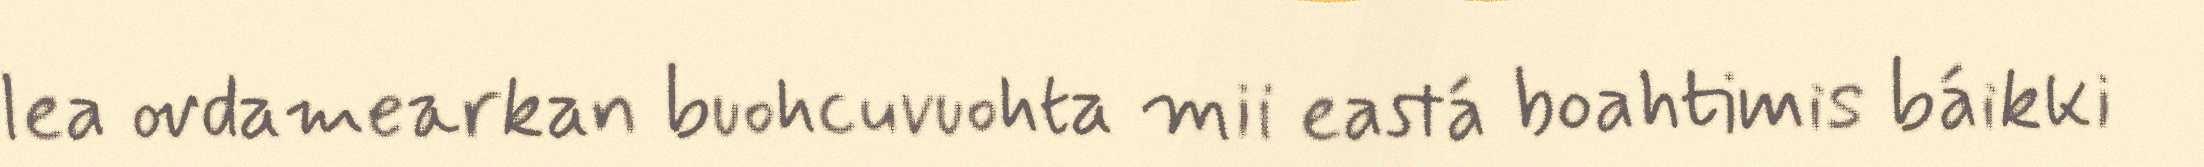
lea ovdamearkan buohcuvuohta mii eastá boahtimis báikki